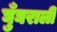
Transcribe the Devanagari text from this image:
घुँघराली